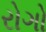
રોગો